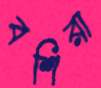
বশিরা